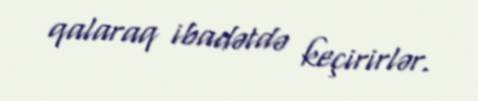
qalaraq ibadətdə keçirirlər.